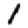
Digit: 1